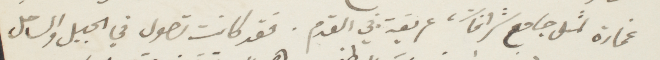
غمارة لمثل جامع شرافات، عريقة في القدم. فقد كانت تصول في الجبل والساحل